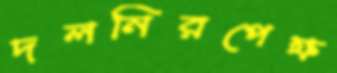
দলনিরপেক্ষ